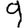
Digit: 9